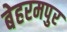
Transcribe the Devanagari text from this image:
बेहरमपुर